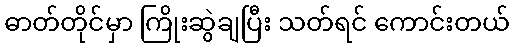
ဓာတ်တိုင်မှာ ကြိုးဆွဲချပြီး သတ်ရင် ကောင်းတယ်